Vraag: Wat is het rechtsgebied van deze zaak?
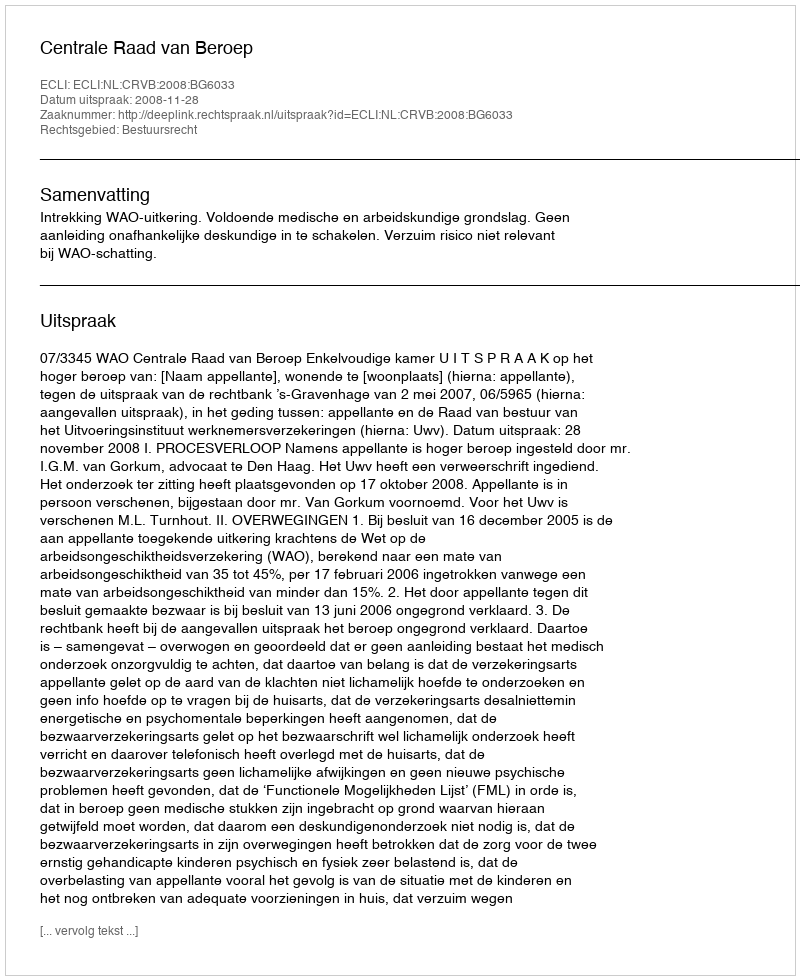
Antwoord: Bestuursrecht